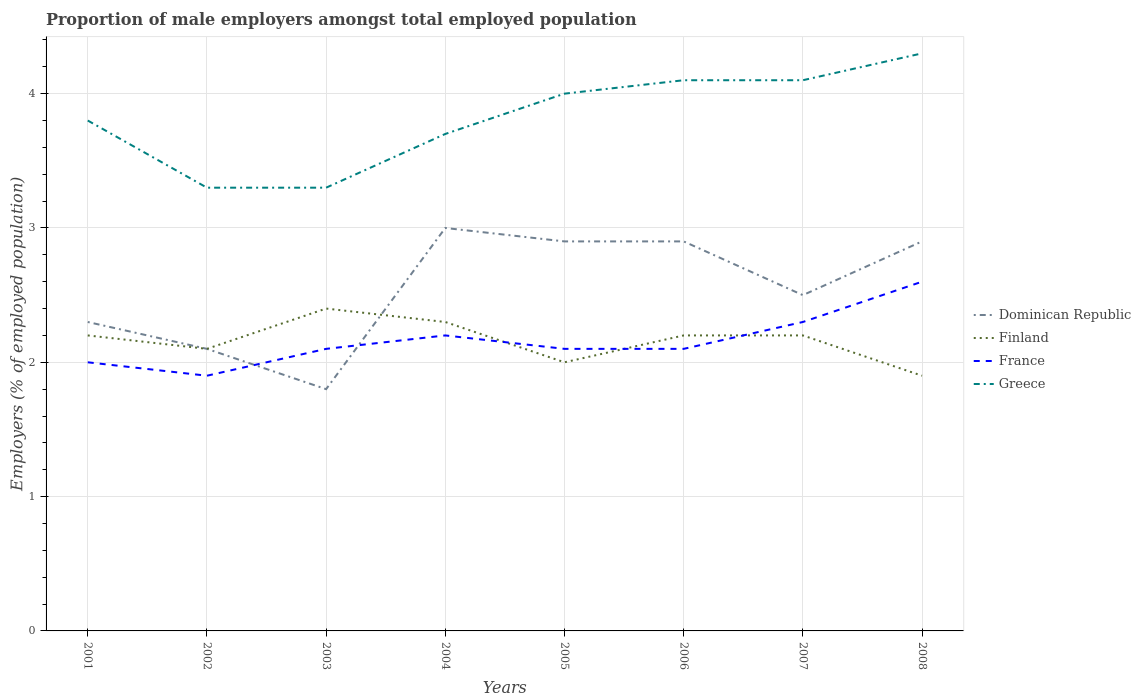
| Years | Dominican Republic | Finland | France | Greece |
 | --- | --- | --- | --- | --- |
 | 2001 | 2.3 | 2.2 | 2 | 3.8 |
 | 2002 | 2.1 | 2.1 | 1.9 | 3.3 |
 | 2003 | 1.8 | 2.4 | 2.1 | 3.3 |
 | 2004 | 3 | 2.3 | 2.2 | 3.7 |
 | 2005 | 2.9 | 2 | 2.1 | 4 |
 | 2006 | 2.9 | 2.2 | 2.1 | 4.1 |
 | 2007 | 2.5 | 2.2 | 2.3 | 4.1 |
 | 2008 | 2.9 | 1.9 | 2.6 | 4.3 |